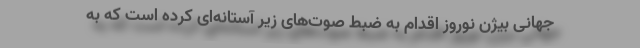
جهانی بیژن نوروز اقدام به ضبطِ صوت‌های زیر آستانه‌ای کرده است که به